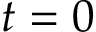
t = 0